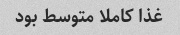
غذا کاملا متوسط بود